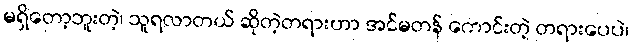
မရှိတော့ဘူးတဲ့၊ သူရလာတယ် ဆိုတဲ့တရားဟာ အင်မတန် ကောင်းတဲ့ တရားပေပဲ၊